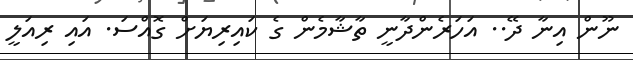
ނޫން އިނާ ދޭ.. އަހަރެންދާނީ ތާޝާމެން ގެ ކައިރިޔަށް ގޮއްސަ. އައި ރިއަލީ